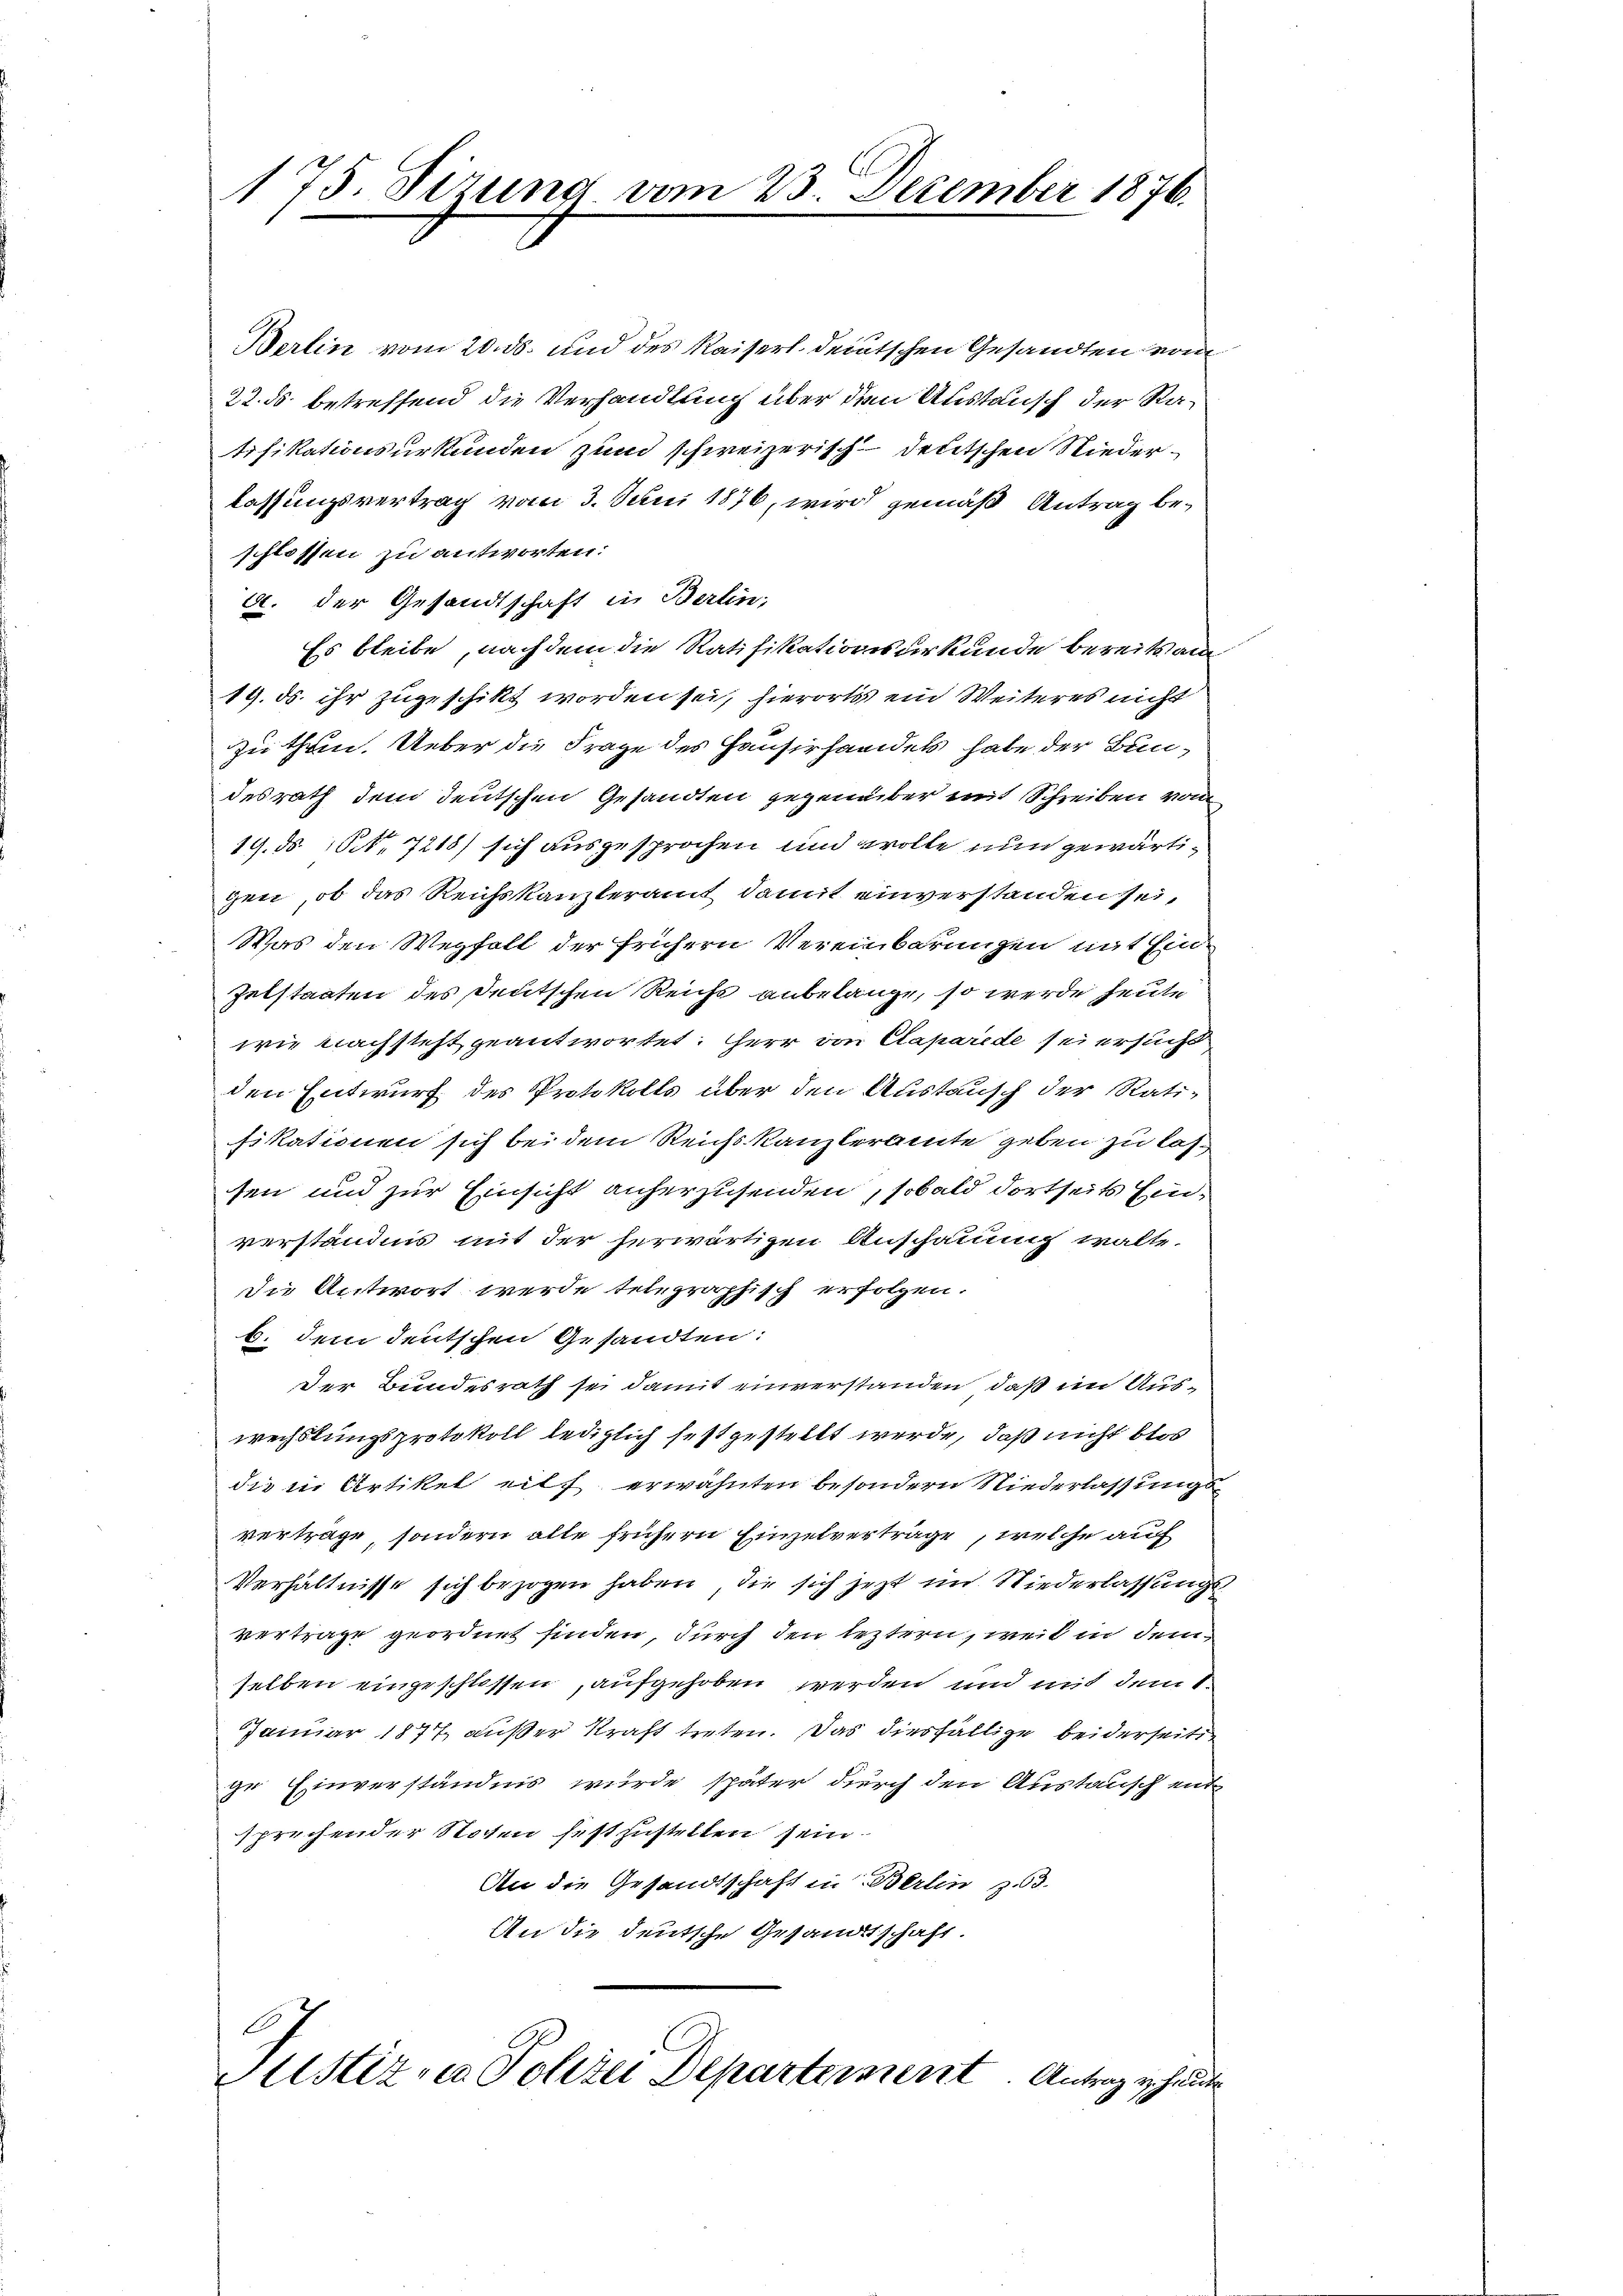
175. Sizung vom 23. Dezember 1876.

Berlin vom 20. ds. und des Kaiserl deutschen Gesandten von
22. ds. betreffend die Verhandlung über den Austausch der Ratifikationsurkunden zum schweizerisch-deutschen Niederlassungsvertrag vom 3. Juni 1876, wird gemäß Antrag beschlossen zu antworten:
a. der Gesandtschaft in Berlin.
Es bleibe, nachdem die Ratifikationsurkunde bereits am
19. ds. ihr zugeschikt worden sei, hierorts ein Weiteres nicht
zu thun. Ueber die Frage des Hauserhandels habe der Bundesrath dem deutschen Gesandten gegenüber mit Schreiben vom
19. ds. 151. 7218) sich ausgesprochen und wolle nun gewärtigen, ob das Reichskanzleramt damit einverstanden sei,
Was den Wegfalt der frühern Vereinbarungen mit Ein¬
Zelstaaten des deutschen Reichs anbelange, so werde heute
wie nachsteht geantwortet: Herr von Claparede sei ersucht
den Entwurf des Protokolls über den Austausch der Ratifikationen sich bei dem Reichskanzleramte geben zu lassen und zur Einsicht anherzusenden, sobald dortseits Einverständnis mit der herwärtigen Anschauung walte.
die Antwort werde telegraphisch erfolgen.
b. dem deutschen Gesandten:
Der Bundesrath sei damit einverstanden, daß im Auswechslungsprotokoll lediglich festgestellt werde, daß nicht blos
die in Artikel eilf erwähnten besondern Niederlassungsvertrage, sondern alle frühern Einzelvertrage, welche auf
Verhältnisse sich bezogen haben, die sich jezt im Niederlassungsvertrage geordnet finden, durch den leztern, weil in dem
selben eingeschlossen, aufgehoben werden und mit dem 1.
Januar 1877 außer Kraft treten. Das diesfällige beiderseitige Einverständnis wurde später durch den Austausch entsprechender Stoten festzustellen sein.
An die Gesandtschaft in Berlin 363.
An die deutsche Gesandtschaft.
Justiz, in Polizei Departement. Antrag heute